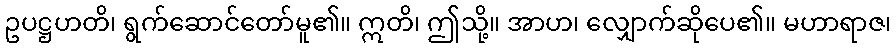
ဥပဋ္ဌဟတိ၊ ရွက်ဆောင်တော်မူ၏။ ဣတိ၊ ဤသို့။ အာဟ၊ လျှောက်ဆိုပေ၏။ မဟာရာဇ၊